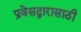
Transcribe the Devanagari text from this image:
प्रवेसद्वारासाठी